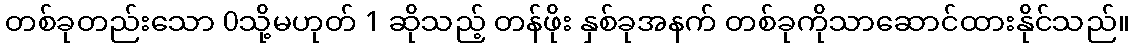
တစ်ခုတည်းသော 0သို့မဟုတ် 1 ဆိုသည့် တန်ဖိုး နှစ်ခုအနက် တစ်ခုကိုသာဆောင်ထားနိုင်သည်။